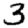
Digit: 3